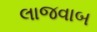
લાજવાબ